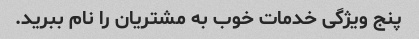
پنج ویژگی خدمات خوب به مشتریان را نام ببرید.